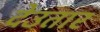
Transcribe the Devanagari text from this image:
देउतार